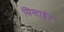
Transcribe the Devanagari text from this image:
सिस्टाईन